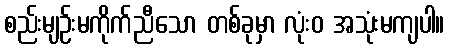
စည်းမျဉ်းမကိုက်ညီသော တစ်ခုမှာ လုံးဝ အသုံးမကျပါ။